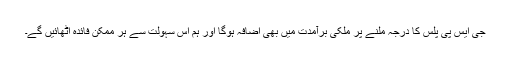
جی ایس پی پلس کا درجہ ملنے پر ملکی برآمدت میں بھی اضافہ ہوگا اور ہم اس سہولت سے ہر ممکن فائدہ اٹھائیں گے۔